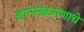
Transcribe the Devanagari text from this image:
ज्ञानसंक्रमणाचे